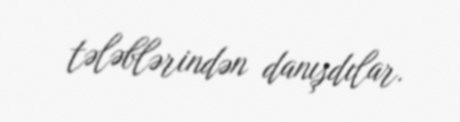
tələblərindən danışdılar.